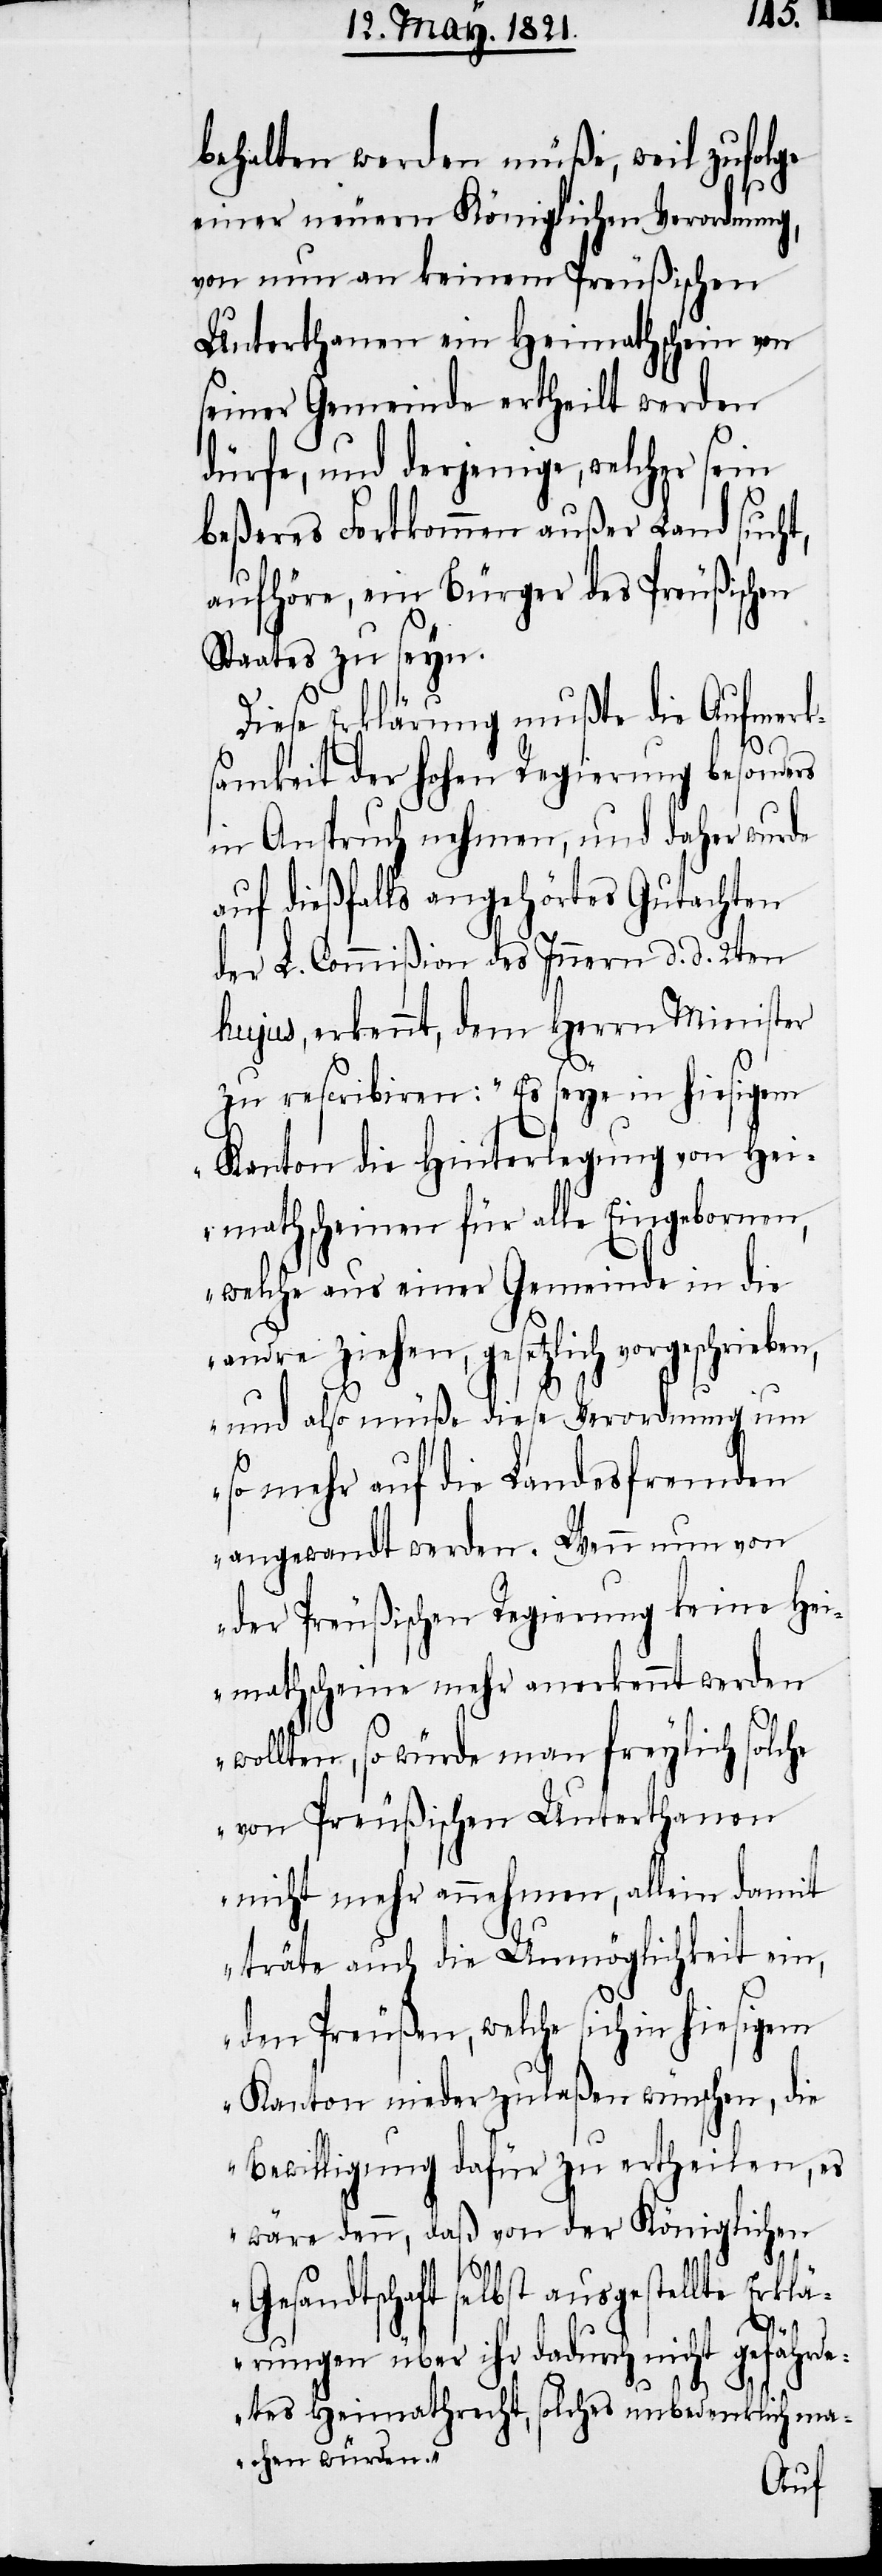
behalten werden müße, weil zufolge
einer neuern Königlichen Verordnung,
von nun an keinem Preußischen
Unterthanen ein Heimathschein von
seiner Gemeinde ertheilt werden
dürfe, und derjenige, welcher sein
beßeres Fortkommen außer Land sucht,
aufhöre, ein Bürger des Preußischen
Staates zu seyn.
Diese Erklärung mußte die Aufmerk¬
samkeit der hohen Regierung besonders
in Anspruch nehmen, und daher wurde
auf dießfalls angehörtes Gutachten
der L. Commißion des Innern d. d. 2ten
hujus, erkennt, dem Herrn Minister
zu rescribiren: „Es seye in hiesigem
Kanton die Hinterlegung von Hei¬
mathscheinen für alle Eingeborenen,
welche aus einer Gemeinde in die
andre ziehen, gesetzlich vorgeschrie¬
und also müße diese Verordnung um
ben,
so mehr auf die Landesfremden
angewandt werden. Wenn nun von
der Preußischen Regierung keine Hei¬
mathscheine mehr anerkennt werden
wollten, so würde man freylich solche
von Preußischen Unterthanen
nicht mehr annehmen, allein damit
träte auch die Unmöglichkeit ein,
den Preußen, welche sich in hiesigem
Kanton niederzulaßen wünschen, die
Bewilligung dafür zu ertheilen, es
wäre denn, daß von der Königlichen
Gesandtschaft selbst ausgestellte Erklä¬
rungen über ihr dadurch nicht gefährde¬
tes Heimathrecht, solches unbedenklich ma¬
chen würden.“